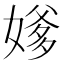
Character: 𪦕